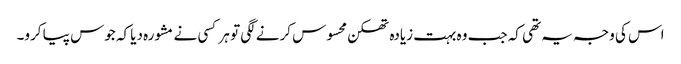
اس کی وجہ یہ تھی کہ جب وہ بہت زیادہ تھکن محسوس کرنے لگی تو ہر کسی نے مشورہ دیا کہ جوس پیا کرو۔